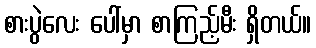
စားပွဲလေး ပေါ်မှာ စာကြည့်မီး ရှိတယ်။